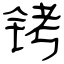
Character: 铐